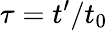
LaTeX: \tau=t^{\prime}/t_{0}